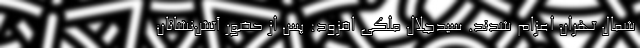
شمال تهران اعزام شدند. سیدجلال ملکی افزود: پس از حضور آتش‌نشانان